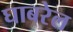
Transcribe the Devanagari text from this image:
घाबरेल